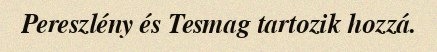
Pereszlény és Tesmag tartozik hozzá.